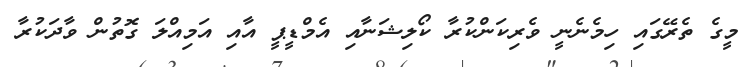
މީގެ ތެރޭގައި ހިމެނެނީ ވެރިކަންކުރާ ކޯލިޝަނާއި އެމްޑީޕީ އާއި އަމިއްލަ ގޮތުން ވާދަކުރާ